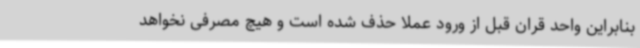
بنابراین واحد قران قبل از ورود عملا حذف شده است و هیچ مصرفی نخواهد